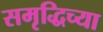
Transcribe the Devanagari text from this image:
समृद्धिच्या